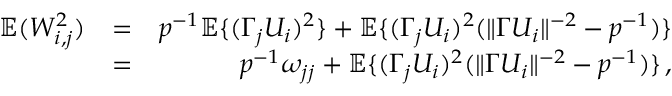
\begin{array} { r l r } { { \mathbb { E } } ( W _ { i , j } ^ { 2 } ) } & { = } & { p ^ { - 1 } { \mathbb { E } } \{ ( \Gamma _ { j } U _ { i } ) ^ { 2 } \} + { \mathbb { E } } \{ ( \Gamma _ { j } U _ { i } ) ^ { 2 } ( \| \Gamma U _ { i } \| ^ { - 2 } - p ^ { - 1 } ) \} } \\ & { = } & { p ^ { - 1 } \omega _ { j j } + { \mathbb { E } } \{ ( \Gamma _ { j } U _ { i } ) ^ { 2 } ( \| \Gamma U _ { i } \| ^ { - 2 } - p ^ { - 1 } ) \} \, , } \end{array}